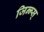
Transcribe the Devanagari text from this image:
जिन्न्स्